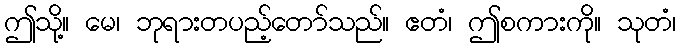
ဤသို့။ မေ၊ ဘုရားတပည့်တော်သည်။ ဧတံ၊ ဤစကားကို။ သုတံ၊